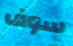
سوف